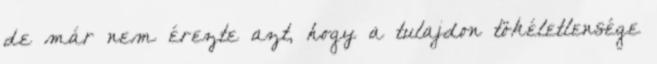
de már nem érezte azt, hogy a tulajdon tökéletlensége